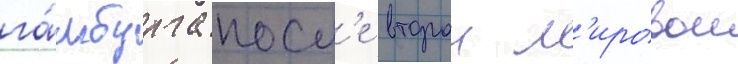
га́мбурга посл'е второи м'ировои